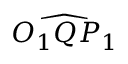
\widehat { O _ { 1 } Q P _ { 1 } }